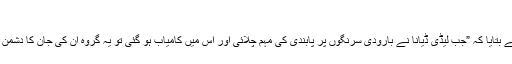
“
پاﺅل نے بتایا کہ ”جب لیڈی ڈیانا نے بارودی سرنگوں پر پابندی کی مہم چلائی اور اس میں کامیاب ہو گئی تو یہ گروہ ان کی جان کا دشمن بن گیا۔